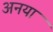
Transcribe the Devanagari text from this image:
अनया